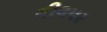
લીલપર